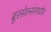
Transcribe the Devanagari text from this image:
ब्रुरसेल्समध्येच